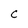
Character: C